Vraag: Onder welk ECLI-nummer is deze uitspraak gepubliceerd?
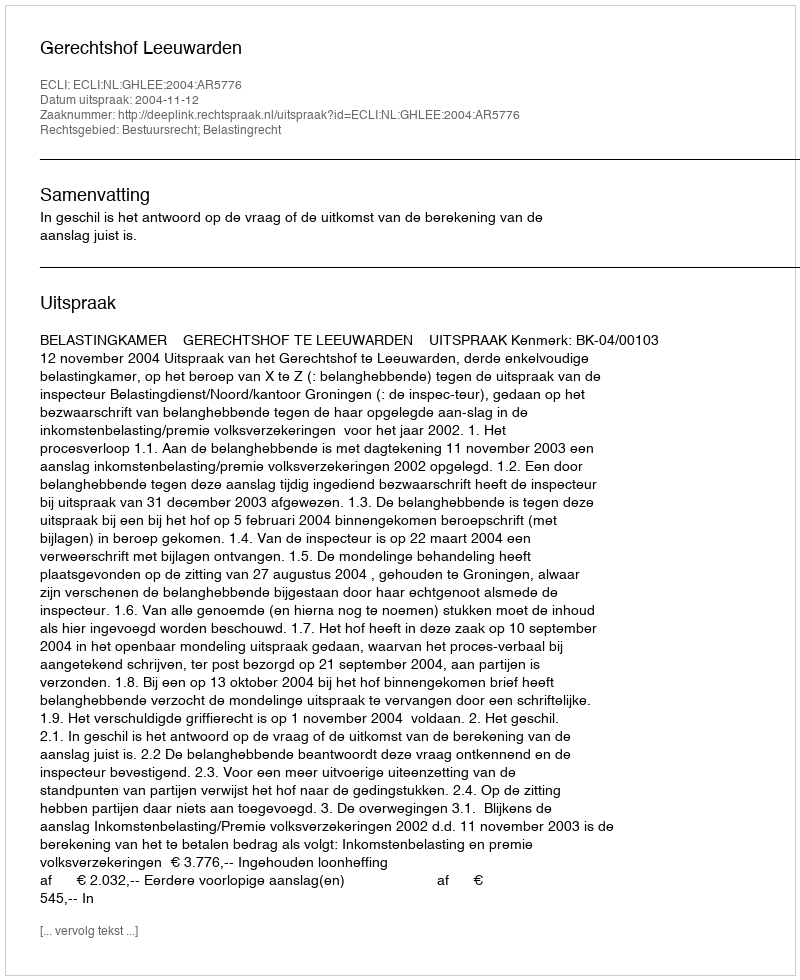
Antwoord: ECLI:NL:GHLEE:2004:AR5776